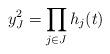
LaTeX: \begin{align*}y_J^2 = \prod_{j \in J} h_j(t)\end{align*}